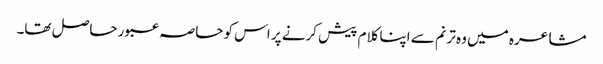
مشاعرہ میں وہ ترنم سے اپنا کلام پیش کرنے پر اس کو حاصہ عبور حاصل تھا۔